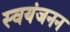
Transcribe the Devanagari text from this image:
स्वयंजनन